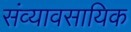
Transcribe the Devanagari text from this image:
संव्यावसायिक